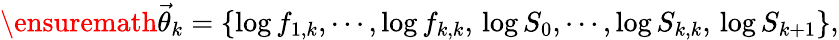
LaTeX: \ensuremath{\vec{\theta}}_{k}=\{ \log f_{1,k},\cdots,\log f_{k,k},\, \log S_{0},\cdots,\log S_{k,k},\, \log S_{k+1}\} ,